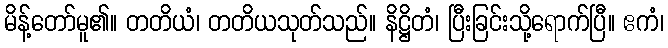
မိန့်တော်မူ၏။ တတိယံ၊ တတိယသုတ်သည်။ နိဋ္ဌိတံ၊ ပြီးခြင်းသို့ရောက်ပြီ။ ဧကံ၊